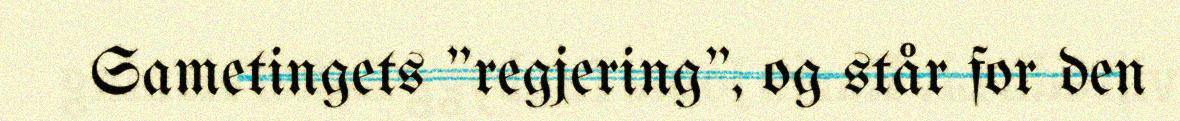
Sametingets "regjering", og står for den